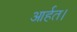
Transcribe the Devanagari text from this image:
आर्हत।